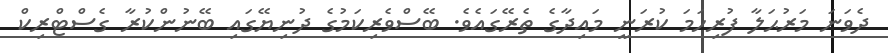
ދެވަނަ މަރުޙަލާ ފުރިހަމަ ކުރަނީ މައިދާގެ ތެރޭގައެވެ. ބޭސްވެރިކަމުގެ ދުނިޔޭގައި ބޭނުންކުރާ ގެސްޓްރިކް